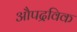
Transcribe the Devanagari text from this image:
औपद्रविक